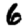
Digit: 6